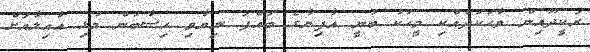
ރަކީދޫއިން ވާހަކަދެއްކި މީހަކު ބުނީ އާފިޔާގެ ބައްޕަ ނިޔާވި ހިސާބުން މުޅި އާއިލާއަށް